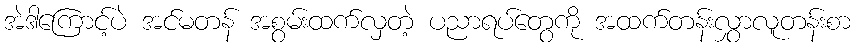
အဲဒါကြောင့်ပဲ အင်မတန် အစွမ်းထက်လှတဲ့ ပညာရပ်တွေကို အထက်တန်းလွှာလူတန်းစာ